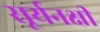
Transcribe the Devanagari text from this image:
सूर्यनक्षी